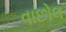
વાછોલ